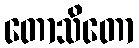
တောသိတော